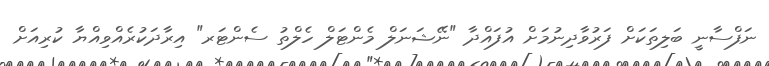
ނަފްސާނީ ބަލިތަކަށް ފަރުވާދިނުމަށް އުފައްދާ "ނޭޝަނަލް މެންޓަލް ހެލްތު ސެންޓަރ" އިރާދަކުރެއްވިއްޔާ ކުރިއަށް